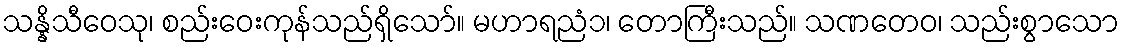
သန္နိသီဝေသု၊ စည်းဝေးကုန်သည်ရှိသော်။ မဟာရညံ၁၊ တောကြီးသည်။ သဏတေဝ၊ သည်းစွာသော